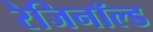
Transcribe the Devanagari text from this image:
रेजिनॉल्ड